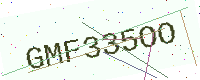
Text: GMF335OO